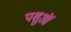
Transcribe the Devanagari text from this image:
पशुऒं